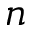
n